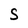
Character: S